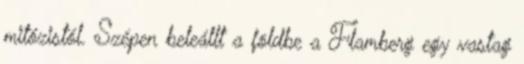
mitózistól. Szépen beleállt a földbe a Flamberg egy vastag